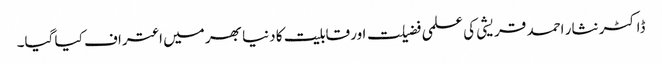
ڈاکٹر نثار احمد قریشی کی علمی فضیلت اور قابلیت کا دنیا بھر میں اعتراف کیا گیا۔